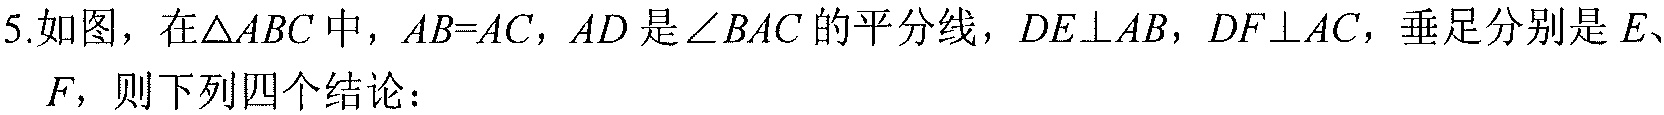
5.如图，在\(\triangle ABC\)中，\(AB = AC\)，\(AD\)是\(\angle BAC\)的平分线，\(DE\perp AB\)，\(DF\perp AC\)，垂足分别是\(E\)、\(F\)，则下列四个结论：